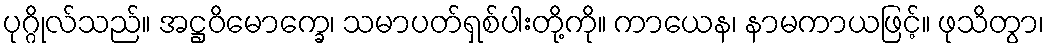
ပုဂ္ဂိုလ်သည်။ အဋ္ဌဝိမောက္ခေ၊ သမာပတ်ရှစ်ပါးတို့ကို။ ကာယေန၊ နာမကာယဖြင့်။ ဖုသိတွာ၊